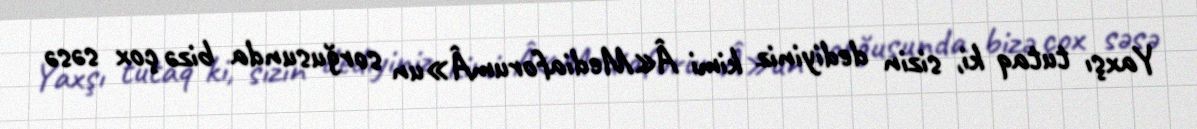
Yaxşı tutaq ki, sizin dediyiniz kimi Â«MediaforumÂ»un sorğusunda bizə çox səsə